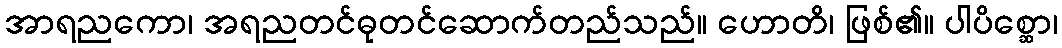
အာရညကော၊ အရညတင်ဓုတင်ဆောက်တည်သည်။ ဟောတိ၊ ဖြစ်၏။ ပါပိစ္ဆော၊